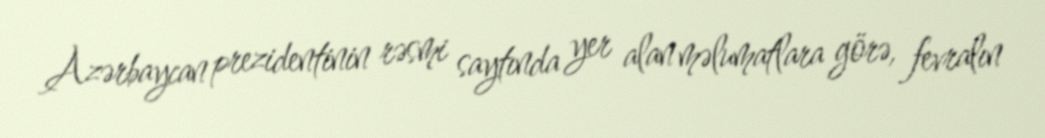
Azərbaycan prezidentinin rəsmi saytında yer alan məlumatlara görə, fevralın